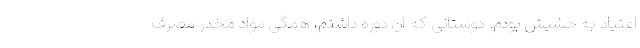
اعتیاد به حشیش بودم. دوستانی که آن دوره داشتم، همگی مواد مخدر مصرف